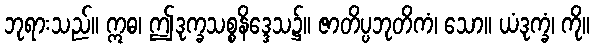
ဘုရားသည်။ ဣဓ၊ ဤဒုက္ခသစ္စနိဒ္ဒေသ၌။ ဇာတိပ္ပဘုတိကံ၊ သော။ ယံဒုက္ခံ၊ ကို။